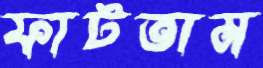
ফাটতাম